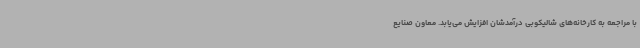
با مراجعه به کارخانه‌های شالیکوبی درآمدشان افزایش می‌یابد. معاون صنایع